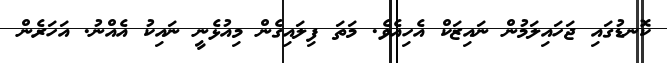
ކޮނޑުގައި ޖަހައިލަމުން ނައިޒަކް އެހިއެވެ. މަތަ ފިލައިގެން މިއުޅެނީ ނައިކު އެއްނު. އަހަރެން